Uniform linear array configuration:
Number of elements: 12
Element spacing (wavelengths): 0.5
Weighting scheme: exponential
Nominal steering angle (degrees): -30
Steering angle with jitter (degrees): -28.531
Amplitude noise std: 0.05
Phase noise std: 0.05

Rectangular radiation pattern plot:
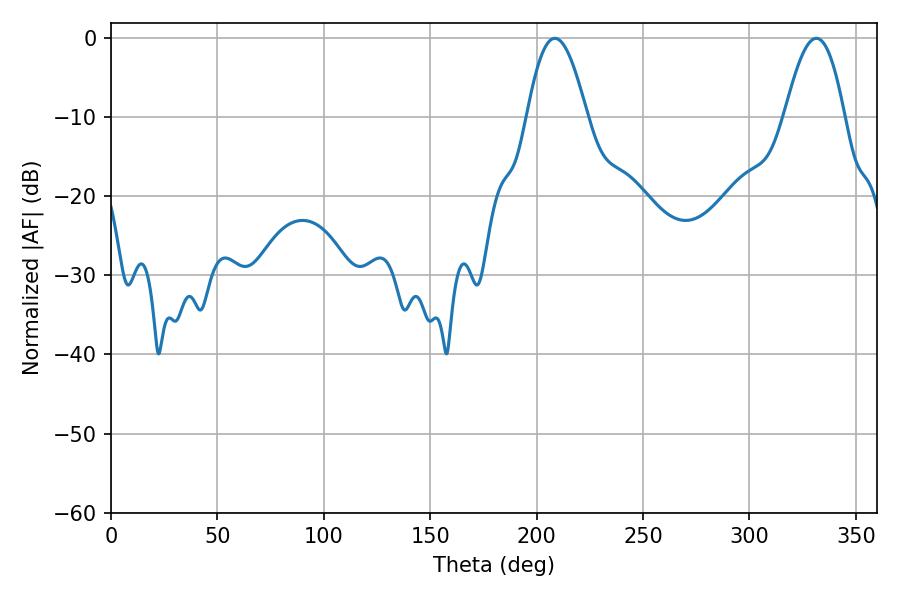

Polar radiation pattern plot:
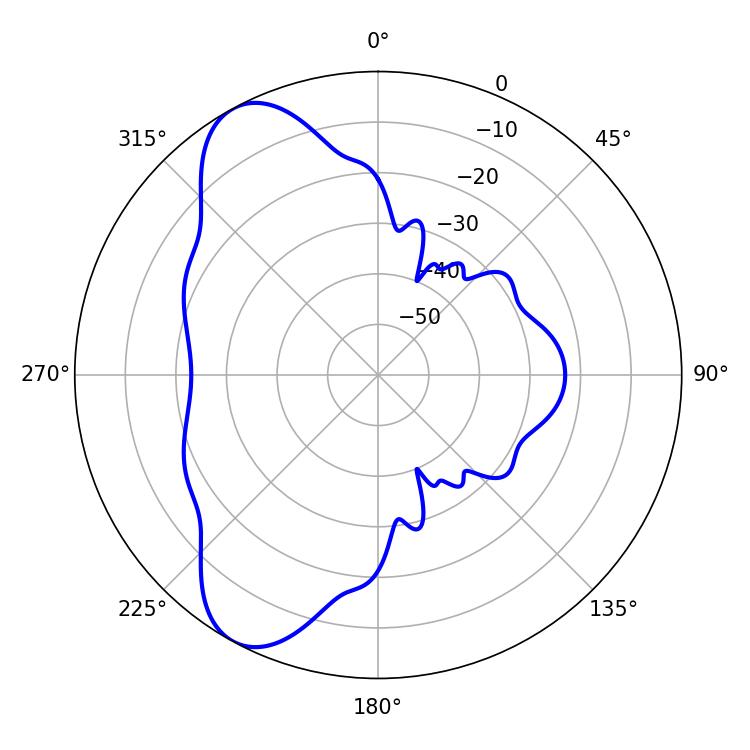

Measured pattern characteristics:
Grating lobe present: FALSE
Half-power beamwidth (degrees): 15.3
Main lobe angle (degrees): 208.62